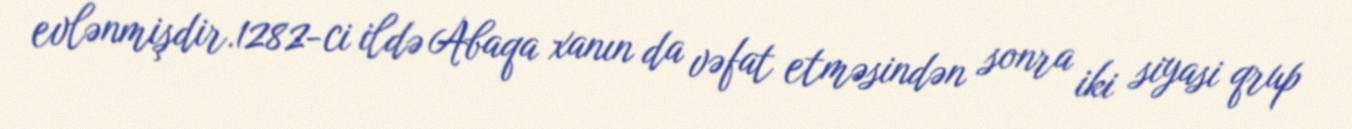
evlənmişdir.1282-ci ildə Abaqa xanın da vəfat etməsindən sonra iki siyasi qrup